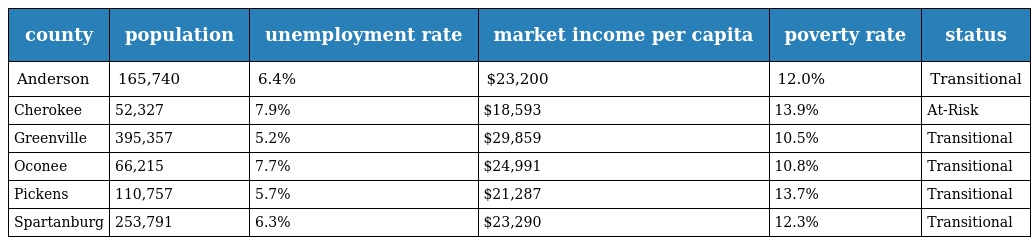
| county | population | unemployment rate | market income per capita | poverty rate | status |
 | --- | --- | --- | --- | --- | --- |
 | Anderson | 165,740 | 6.4% | $23,200 | 12.0% | Transitional |
 | Cherokee | 52,327 | 7.9% | $18,593 | 13.9% | At-Risk |
 | Greenville | 395,357 | 5.2% | $29,859 | 10.5% | Transitional |
 | Oconee | 66,215 | 7.7% | $24,991 | 10.8% | Transitional |
 | Pickens | 110,757 | 5.7% | $21,287 | 13.7% | Transitional |
 | Spartanburg | 253,791 | 6.3% | $23,290 | 12.3% | Transitional |